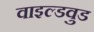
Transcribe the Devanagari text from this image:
वाइल्डवुड